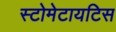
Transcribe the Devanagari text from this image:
स्टोमेटायटिस